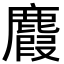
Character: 麚